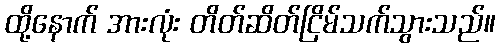
ထို့နောက် အားလုံး တိတ်ဆိတ်ငြိမ်သက်သွားသည်။